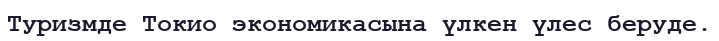
Туризмде Токио экономикасына үлкен үлес беруде.